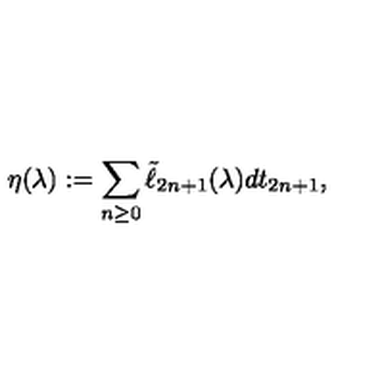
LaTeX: \eta ( \lambda ) : = \sum _ { n \geq 0 } \tilde { \ell } _ { 2 n + 1 } ( \lambda ) d t _ { 2 n + 1 } ,